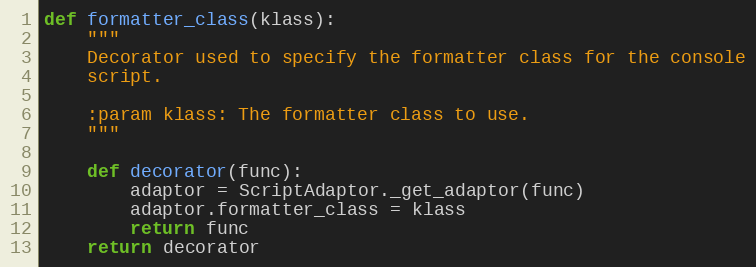
Language: Python
def formatter_class(klass):
    """
    Decorator used to specify the formatter class for the console
    script.

    :param klass: The formatter class to use.
    """

    def decorator(func):
        adaptor = ScriptAdaptor._get_adaptor(func)
        adaptor.formatter_class = klass
        return func
    return decorator